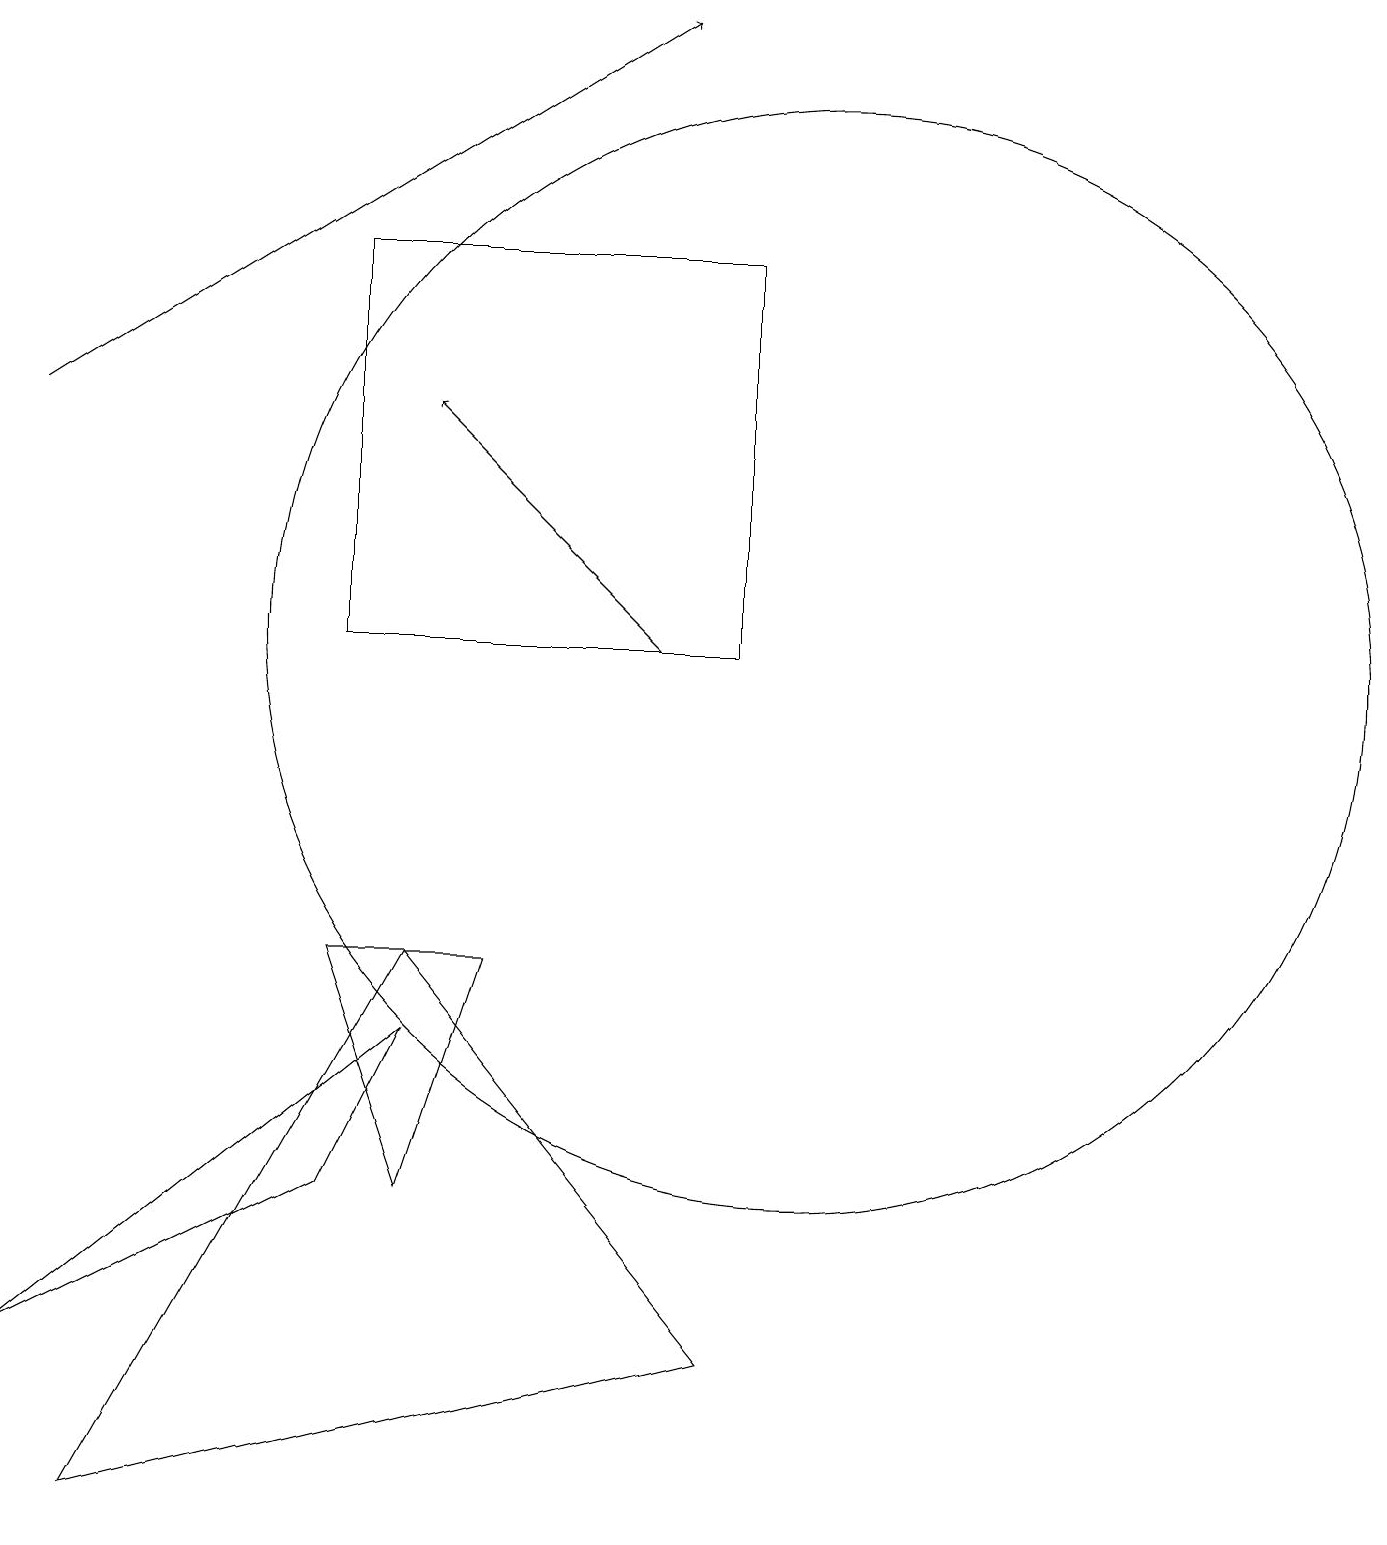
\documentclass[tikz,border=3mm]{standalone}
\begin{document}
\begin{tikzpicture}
\draw (4,7) -- (6,7) -- (5,4) -- cycle;
\draw (10,11) circle (7);
\draw (5,6) -- (4,4) -- (0,2) -- cycle;
\draw[->] (8,11) -- (5,14);
\draw (5,7) -- (1,0) -- (9,2) -- cycle;
\draw (9,11) rectangle (4,16);
\draw[->] (0,14) -- (8,19);
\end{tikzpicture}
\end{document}